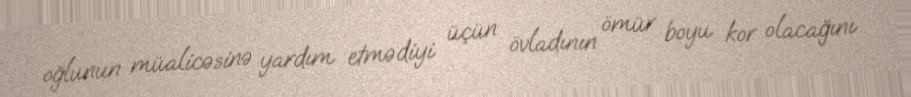
oğlunun müalicəsinə yardım etmədiyi üçün övladının ömür boyu kor olacağını